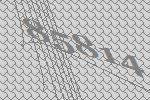
85814